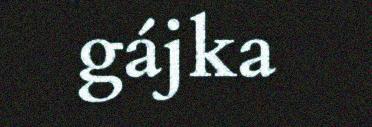
gájka